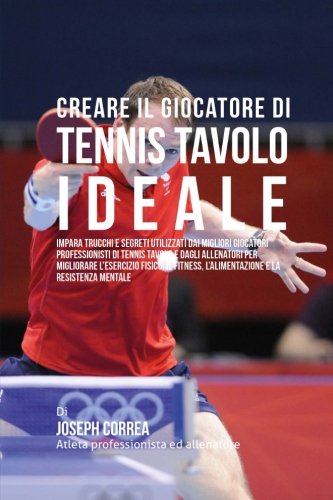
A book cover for Creare il Giocatore Di Tennis Tavolo Ideale: Impara Trucchi E Segreti Utilizzati Dai Migliori Giocatori Professionisti Di Tennis Tavolo E Dagli ... E La Resistenza Mentale (Italian Edition); Joseph Correa (Atleta Professionista Ed Allenatore); Sports & Outdoors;